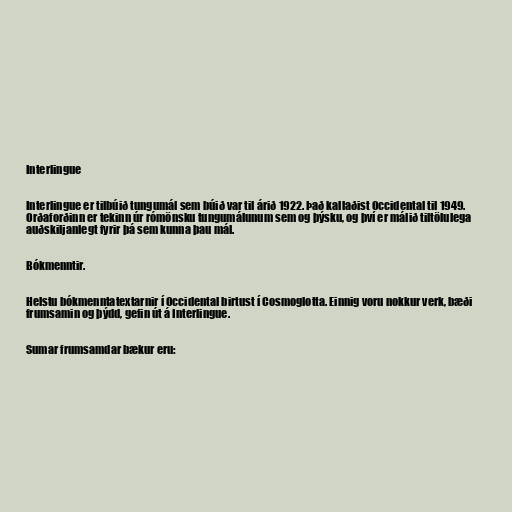
Interlingue

Interlingue er tilbúið tungumál sem búið var til árið 1922. Það kallaðist Occidental til 1949.
Orðaforðinn er tekinn úr rómönsku tungumálunum sem og þýsku, og því er málið tiltölulega
auðskiljanlegt fyrir þá sem kunna þau mál.

Bókmenntir.

Helstu bókmenntatextarnir í Occidental birtust í Cosmoglotta. Einnig voru nokkur verk, bæði
frumsamin og þýdd, gefin út á Interlingue.

Sumar frumsamdar bækur eru: